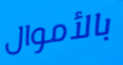
بالأموال